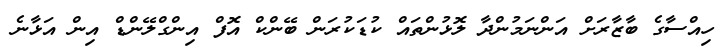
ހިއްސާގެ ބާޒާރަށް އަންނަމުންދާ ލޮޅުންތައް ކުޑަކުރަން ބޭންކް އޮފް އިންގްލޭންޑް އިން އަޅާނެ